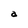
Character: a